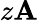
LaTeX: z\mathbf{A}